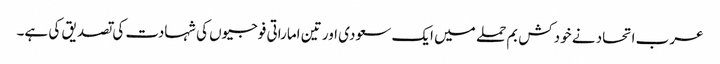
عرب اتحاد نے خودکش بم حملے میں ایک سعودی اور تین اماراتی فوجیوں کی شہادت کی تصدیق کی ہے۔